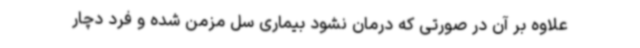
علاوه بر آن در صورتی که درمان نشود بیماری سل مزمن شده و فرد دچار